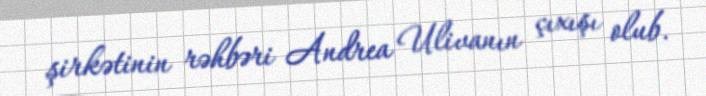
şirkətinin rəhbəri Andrea Ulivanın çıxışı olub.